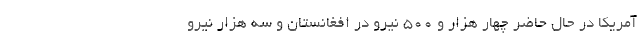
آمریکا در حال حاضر چهار هزار و ۵۰۰ نیرو در افغانستان و سه هزار نیرو